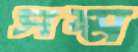
সম্ম